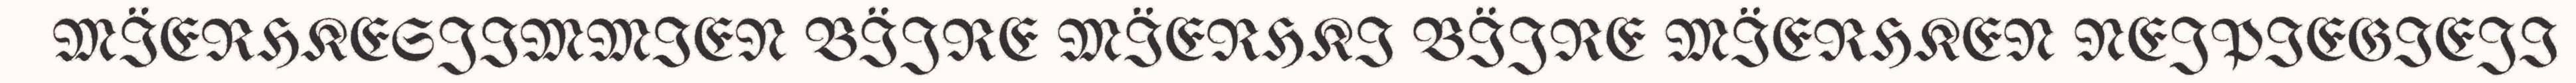
MÏERHKESJIMMIEN BÏJRE MÏERHKI BÏJRE MÏERHKEN NEJPIEGIEJI